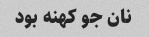
نان جو کهنه بود